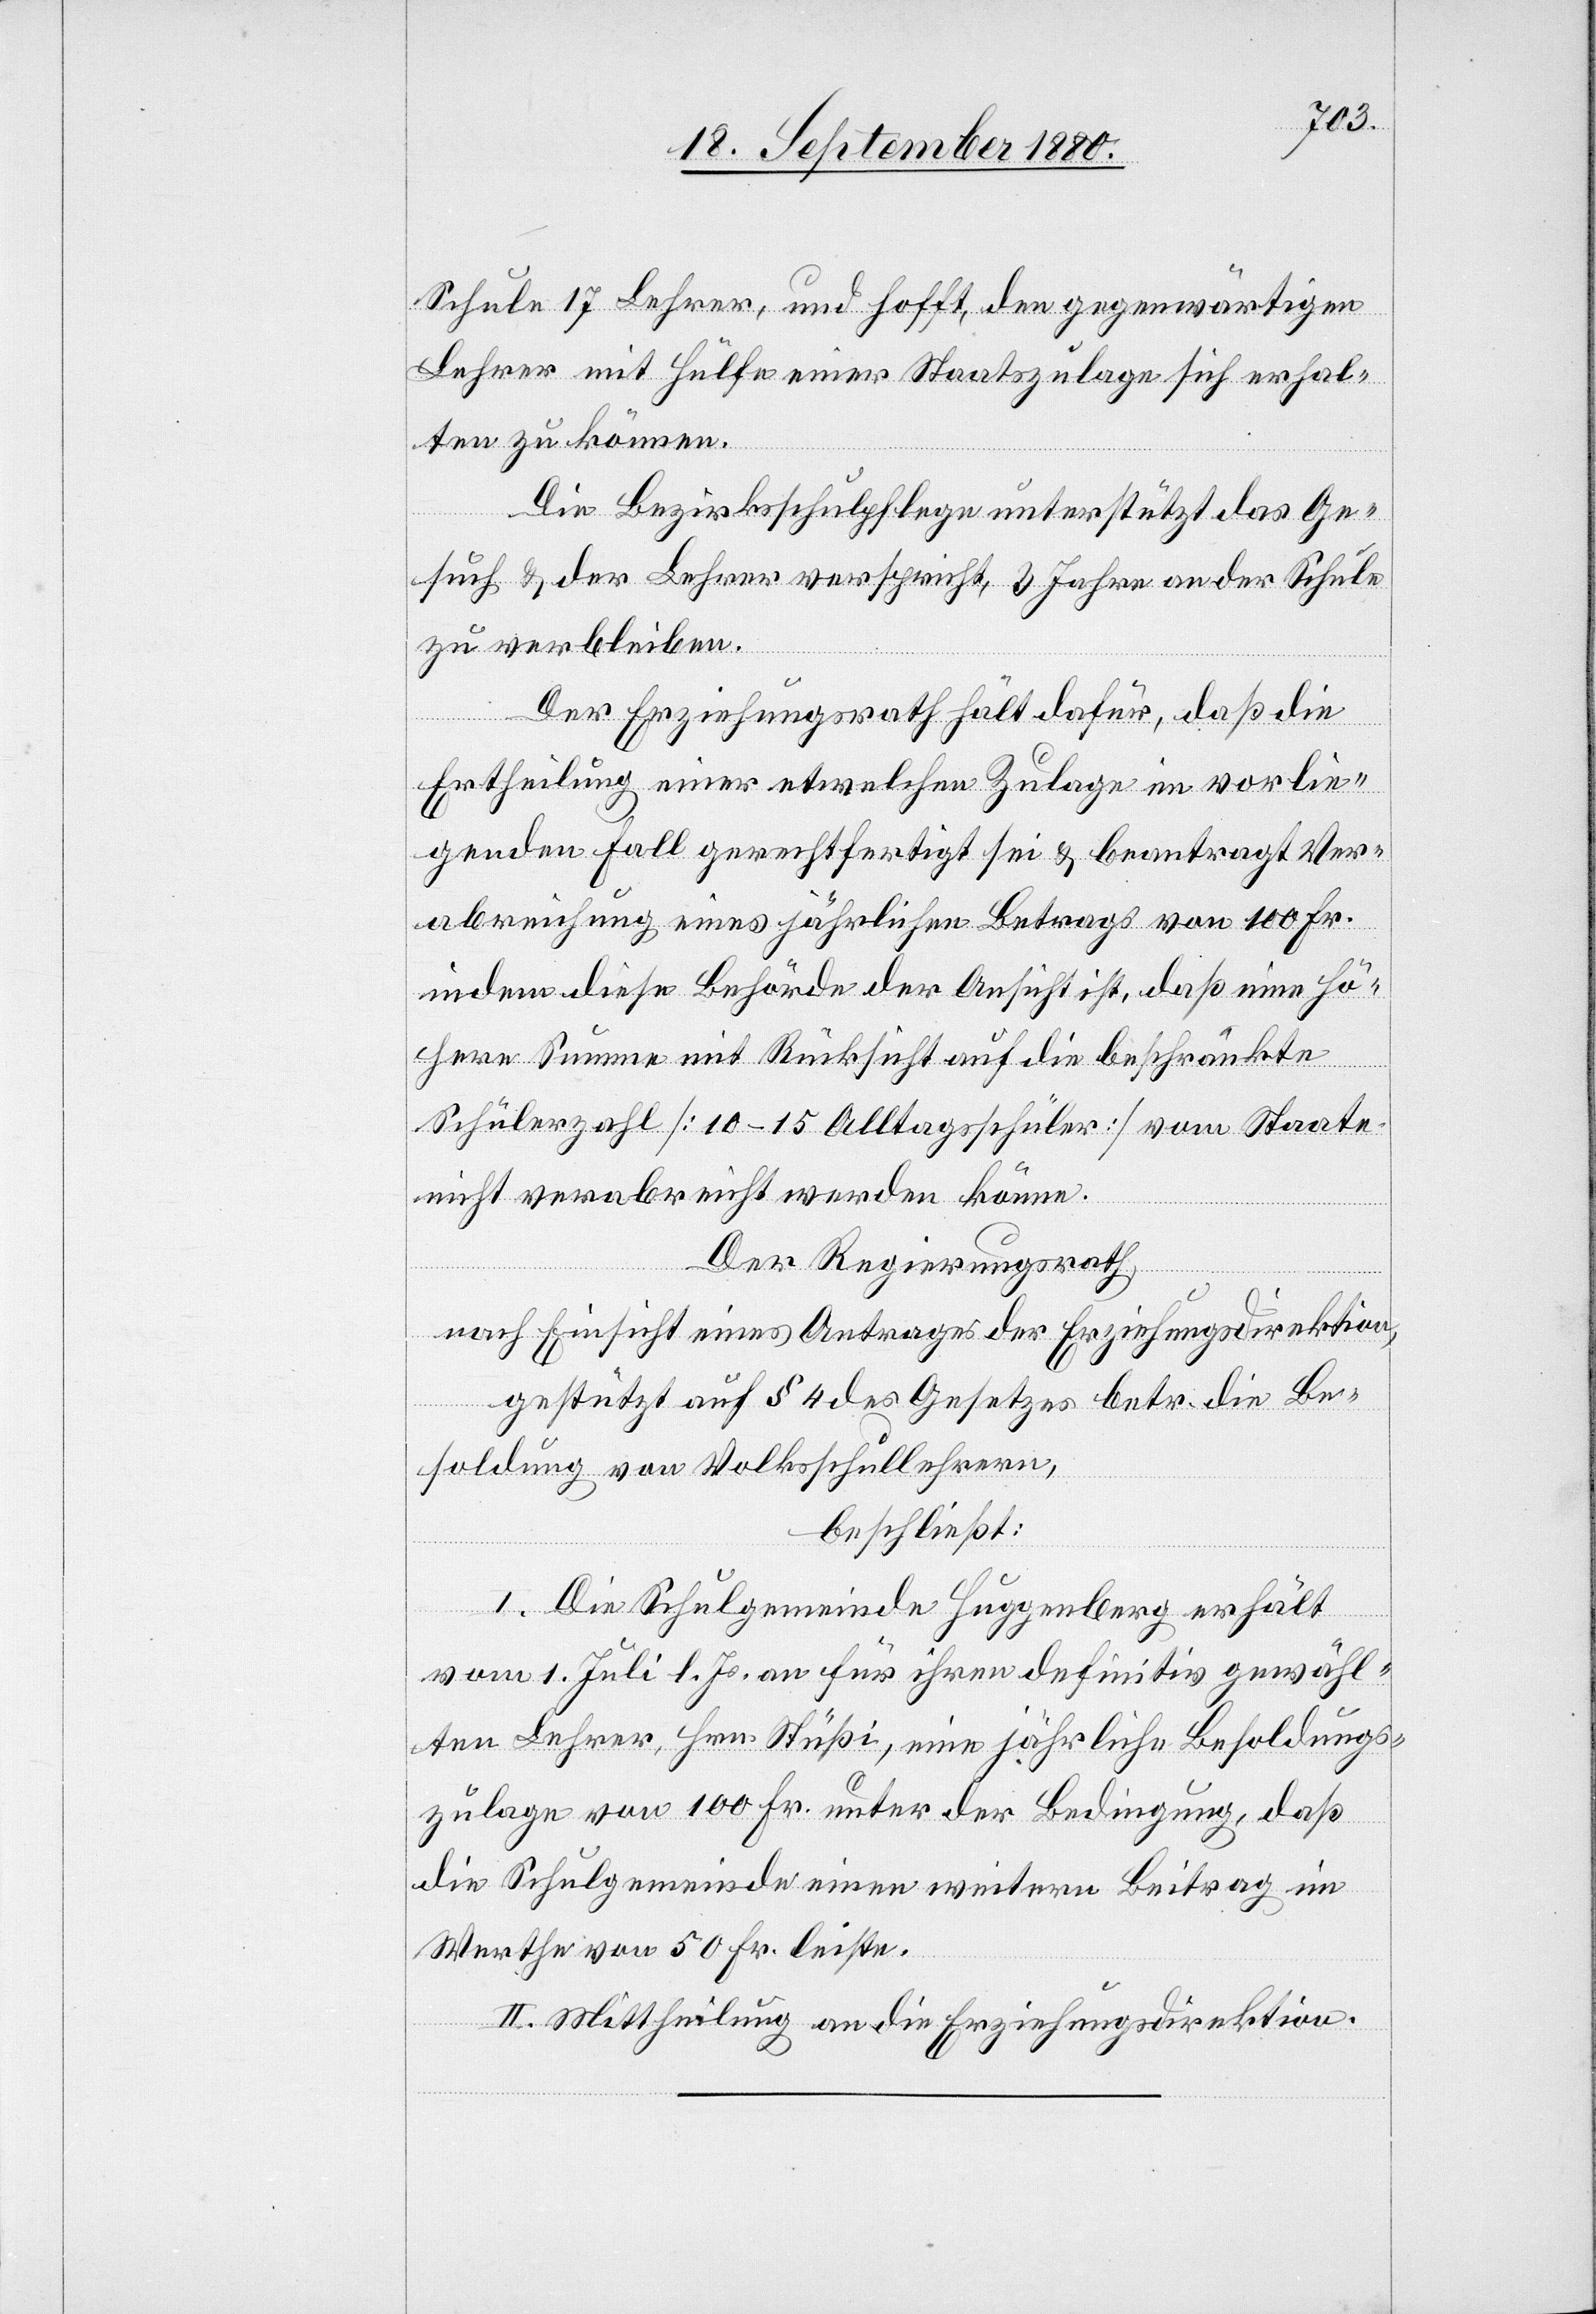
Schule 17 Lehrer, und hofft, den gegenwärtigen
Lehrer mit Hülfe einer Staatszulage sich erhal¬
ten zu können.
Die Bezirksschulpflege unterstützt das Ge¬
such & der Lehrer verspricht, 3 Jahre an der Schule
zu verbleiben.
Der Erziehungsrath hält dafür, daß die
Ertheilung einer etwelchen Zulage im vorlie¬
genden Fall gerechtfertigt sei & beantragt Ver¬
abreichung eines jährlichen Betrags von 100 Fr.
indem diese Behörde der Ansicht ist, daß eine hö¬
here Summe mit Rücksicht auf die beschränkte
Schülerzahl [10–15 Alltagsschüler] vom Staate
nicht verabreicht werden könne.
Der Regierungsrath,
nach Einsicht eines Antrages der Erziehungsdirektion,
gestützt auf § 4 des Gesetzes betr. die Be¬
soldung von Volksschullehrern,
beschließt:
I. Die Schulgemeinde Huggenberg erhält
vom 1. Juli l. Js. an für ihren definitiv gewähl¬
ten Lehrer, Hrn. Stüßi, eine jährliche Besoldungs¬
zulage von 100 Fr. unter der Bedingung, daß
die Schulgemeinde einen weitern Beitrag im
Werthe von 50 Fr. leiste.
II. Mittheilung an die Erziehungsdirektion.